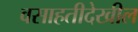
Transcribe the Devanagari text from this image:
वसाहतीदेखील